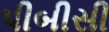
પીબીસી